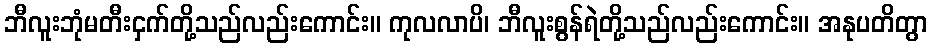
ဘီလူးဘုံမတီးငှက်တို့သည်လည်းကောင်း။ ကုလလာပိ၊ ဘီလူးစွန်ရဲတို့သည်လည်းကောင်း။ အနုပတိတွာ